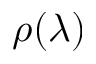
\rho ( \lambda )